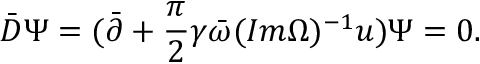
\bar { D } \Psi = ( \bar { \partial } + { \frac { \pi } { 2 } } \gamma \bar { \omega } ( I m \Omega ) ^ { - 1 } u ) \Psi = 0 .